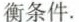
衡条件.